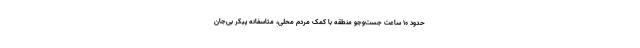
حدود ۱۰ ساعت جست‌وجو منطقه با کمک مردم محلی، متاسفانه پیکر بی‌جان